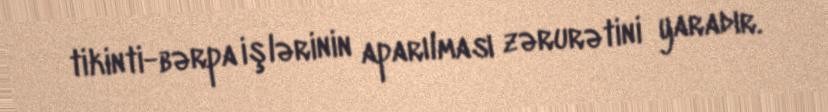
tikinti-bərpa işlərinin aparılması zərurətini yaradır.